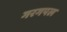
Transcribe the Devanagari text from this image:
गरगपल